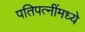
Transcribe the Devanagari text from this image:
पतिपत्‍नींमध्ये